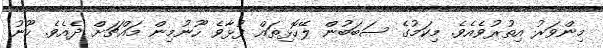
މިންވަރު އިތުރުވެއެވެ. މިކަމުގެ ސަބަބުން ލޭހޮޅިތައް ފުޅާވެ ހޫނުމިން މައްޗަށް ދެއެވެ. ހޫނު